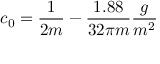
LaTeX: c _ { 0 } = \frac { 1 } { 2 m } - \frac { 1 . 8 8 } { 3 2 \pi m } \frac { g } { m ^ { 2 } }